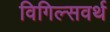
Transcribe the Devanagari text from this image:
विगिल्सवर्थ